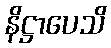
နိဋ္ဌာပေသိ